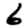
Digit: 6